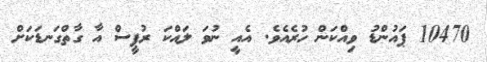
10470 ޕައުންޑު ވިއްކަން ހުރެއެވެ. އެއީ ނުވަ ލައްކަ ރުޕީސް އާ ގާތްގަނޑަކަށް